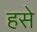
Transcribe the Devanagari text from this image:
हसे